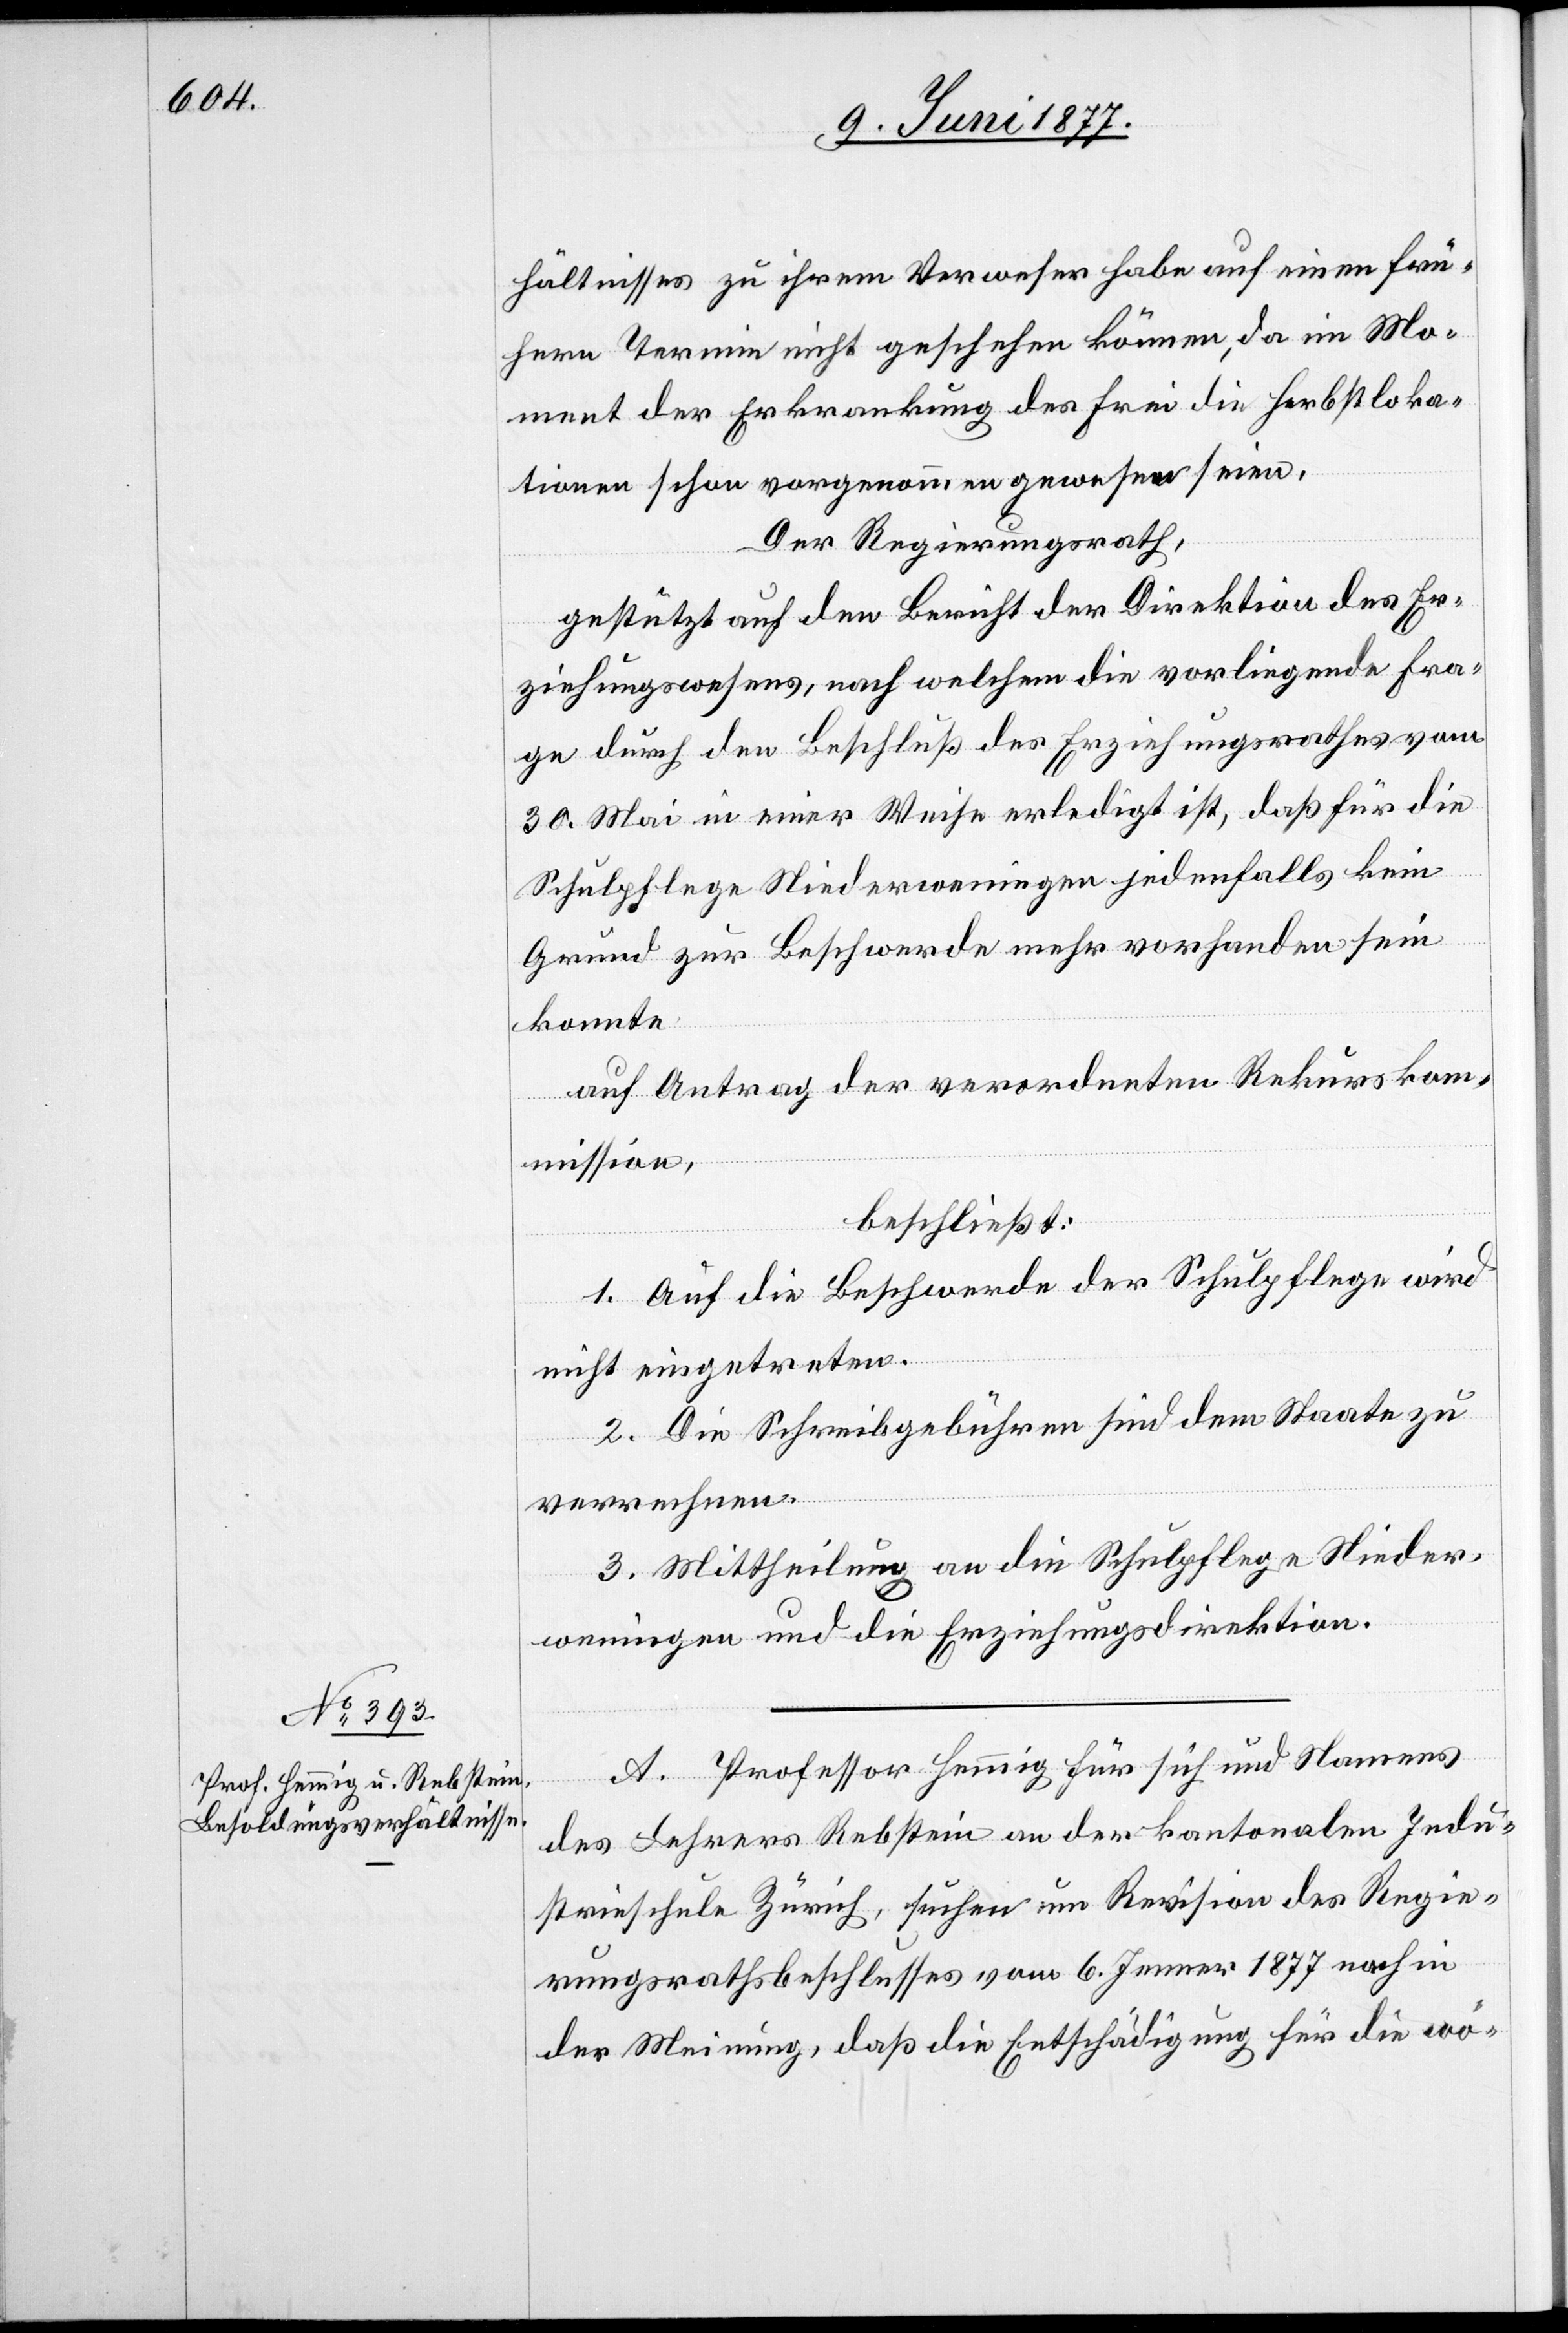
hältnisses zu ihrem Verweser habe auf einen frü¬
hern Termin nicht geschehen können, da im Mo¬
nat der Erkrankung des Frei die Herbstloka¬
tionen schon vorgenommen gewesen seien.
Der Regierungsrath,
gestützt auf den Bericht der Direktion des Er¬
ziehungswesens, nach welchem die vorliegende Fra¬
ge durch den Beschluß des Erziehungsrathes vom
30. Mai in einer Weise erledigt ist, daß für die
Schulpflege Niederweningen jedenfalls kein
Grund zur Beschwerde mehr vorhanden sein
konnte
auf Antrag der verordneten Rekurskom¬
mission,
beschließt:
1. Auf die Beschwerde der Schulpflege wird
nicht eingetreten.
2. Die Schreibgebühren sind dem Staate zu
verrechnen.
3. Mittheilung an die Schulpflege Nieder¬
weningen und die Erziehungsdirektion.
A. Professor Hemmig für sich und Namens
des Lehrers Rebstein an der kantonalen Indu¬
strieschule Zürich, suchen [sic!] um Revision des Regie¬
rungsrathsbeschlusses vom 6. Jenner 1877 nach in
der Meinung, daß die Entschädigung für die wö-